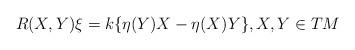
LaTeX: \begin{align*}R(X,Y)\xi=k\{\eta(Y)X-\eta(X)Y\}, X,Y\in TM \end{align*}